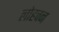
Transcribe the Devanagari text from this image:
लोहवन